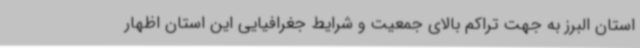
استان البرز به جهت تراکم بالای جمعیت و شرایط جغرافیایی این استان اظهار